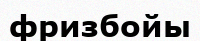
фризбойы